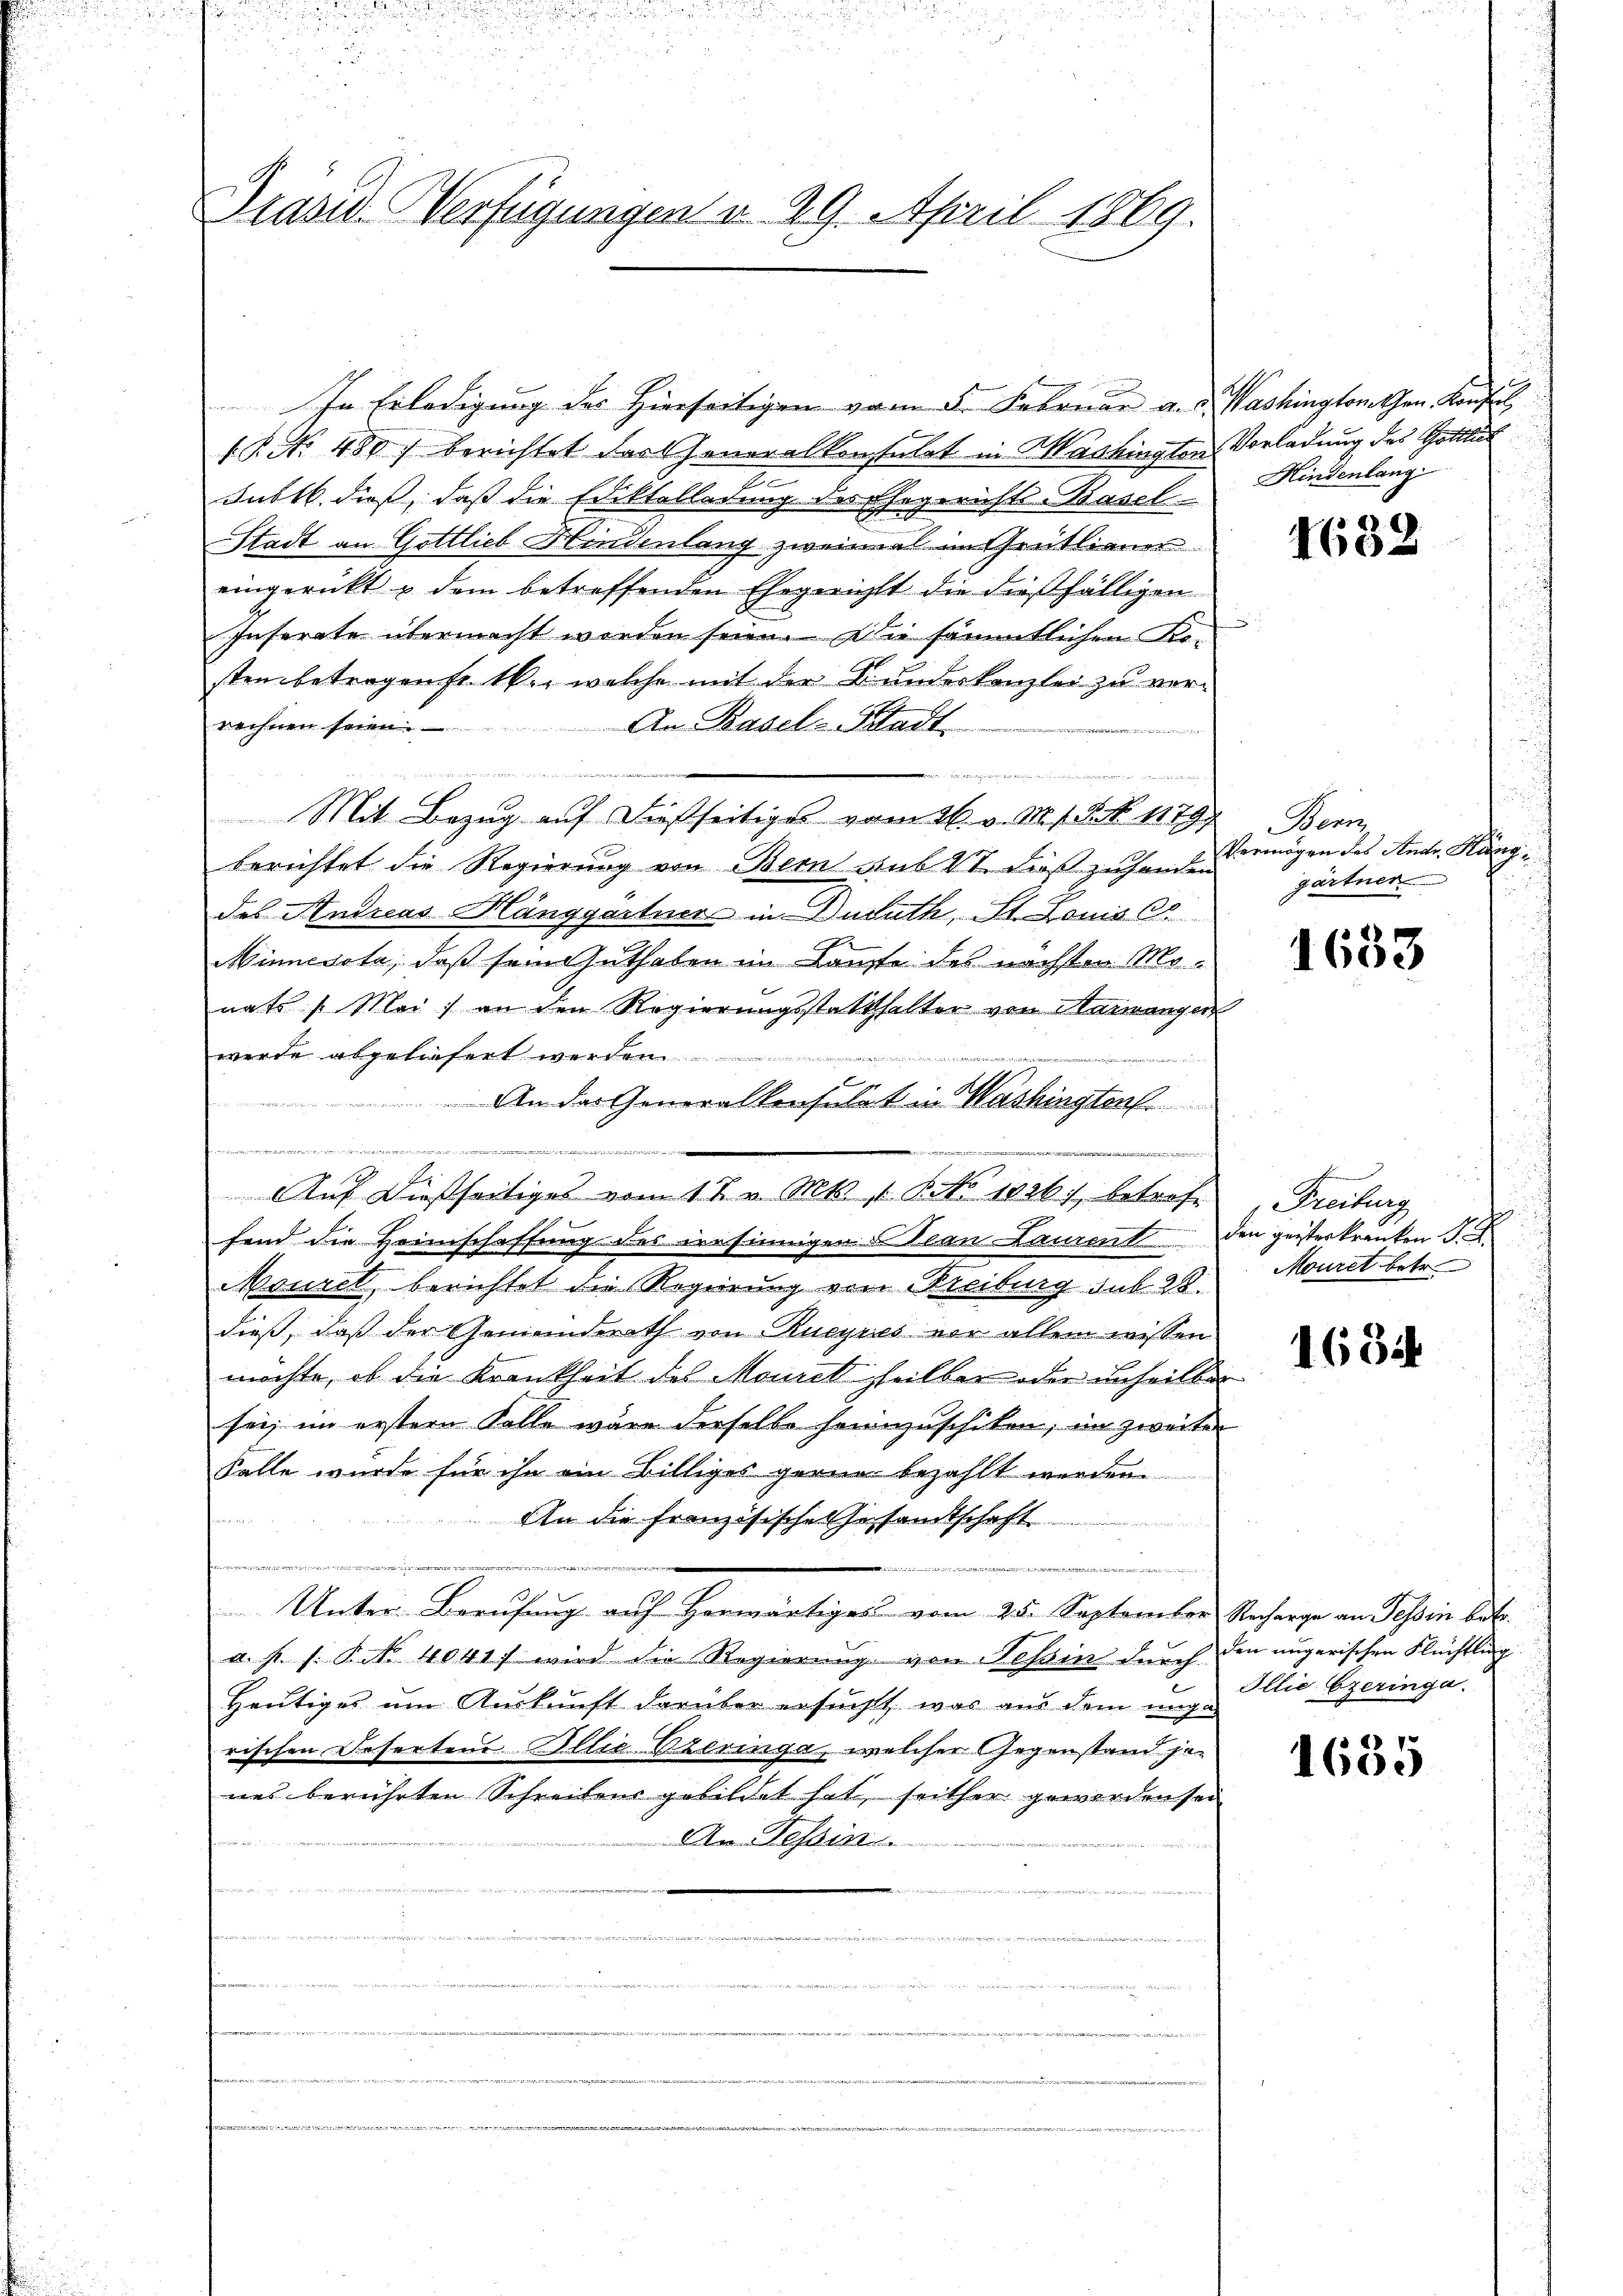
Drase Verfügungen u. 29. April 1869.

In Erledigung des Hierseitigen vom 5. Februar a. d. Washingtonten Konfl
1 P. No. 480 berichtet das Generalkonstatet in Mashington Vorladung des Gottlich
2
Sublb. dieß, daß die Ediktelladung des
gerichte Basel
m
Stadt an Gottlieb Hindenlang zweimal im Grütlianer
eingerückt & dem betreffenden Ehegerichts die dießfälligen
Inserate übermacht worden seien. Die sämmtlichen Ken
sten betragen fr. 16., welche mit der Kundeskanzlei zu ver¬
An Basel-Stadt
rechnen seien.

Mit Bezug auf dießseitiges vom 16. v. M. 18. No. 1179/
berichtet die Regierung von Bern aus VI. dieß zuhanden
des Andreas Hänggartner in Dusuth, St. Louis C
Minnesota, daß sein Guthaben im Kaufte des nächsten Monats (Mai) an den Regierungsstatthalter von Maiwangen
werde abgeliefert werden
An der Generalkonsulat in Washingtons
Sitte der
2 in den sie in der Antliche der

E
Auf dießseitiges vom 12. Mts. 1. No. 1826., betreff
fend die Heimschaffung des Dresinnigen an Laurent den geisterkränken S.
Monret, berichtet die Regierung von Freiburg sub. 28.
dieß, daß der Gemeinderath von Bueyres vor allem wissen
möchte, ob die Krankheit des Mauret heilbar oder unheilber
sei; im erster Kolle wäre derselbe heimzuschiken, im zweiter
Falle wurde für ihn ein Billiges gerne bezahlt werden
An die Französisches Gesandtschaft
.
Unter Berufung auf herwärtiges vom 25. September Recharge an Tessin betr.
a. h. s. S. Nr. 4041. wird die Regierung von Nessin durch den ungerischen Flüchtlung
Heutiges um Auskunft darüber ersucht, was aus dem und Illie Czeringa
rischen Deserten Illie Beringe, welcher Gegenstand jenes berührten Schreibens gebildet hat, seither gewordensei
An Tessin
n

Hindenlang

1632

Benz
Vermögen des Andr. Hänggärtner

1633

m
Freiburg
Mouret betr.

1634

1635